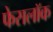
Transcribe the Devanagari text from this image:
फेसलॉक